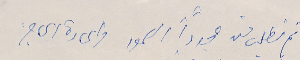
ثم نطلب منه مجدداً الصمود واعادة الحاجز